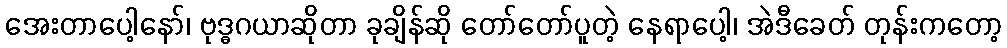
အေးတာပေါ့နော်၊ ဗုဒ္ဓဂယာဆိုတာ ခုချိန်ဆို တော်တော်ပူတဲ့ နေရာပေါ့၊ အဲဒီခေတ် တုန်းကတော့